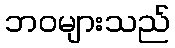
ဘဝများသည်